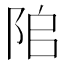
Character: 𨹅